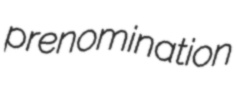
prenomination